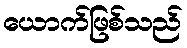
ယောက်ဖြစ်သည်